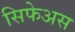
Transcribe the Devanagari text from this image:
सिफेअस